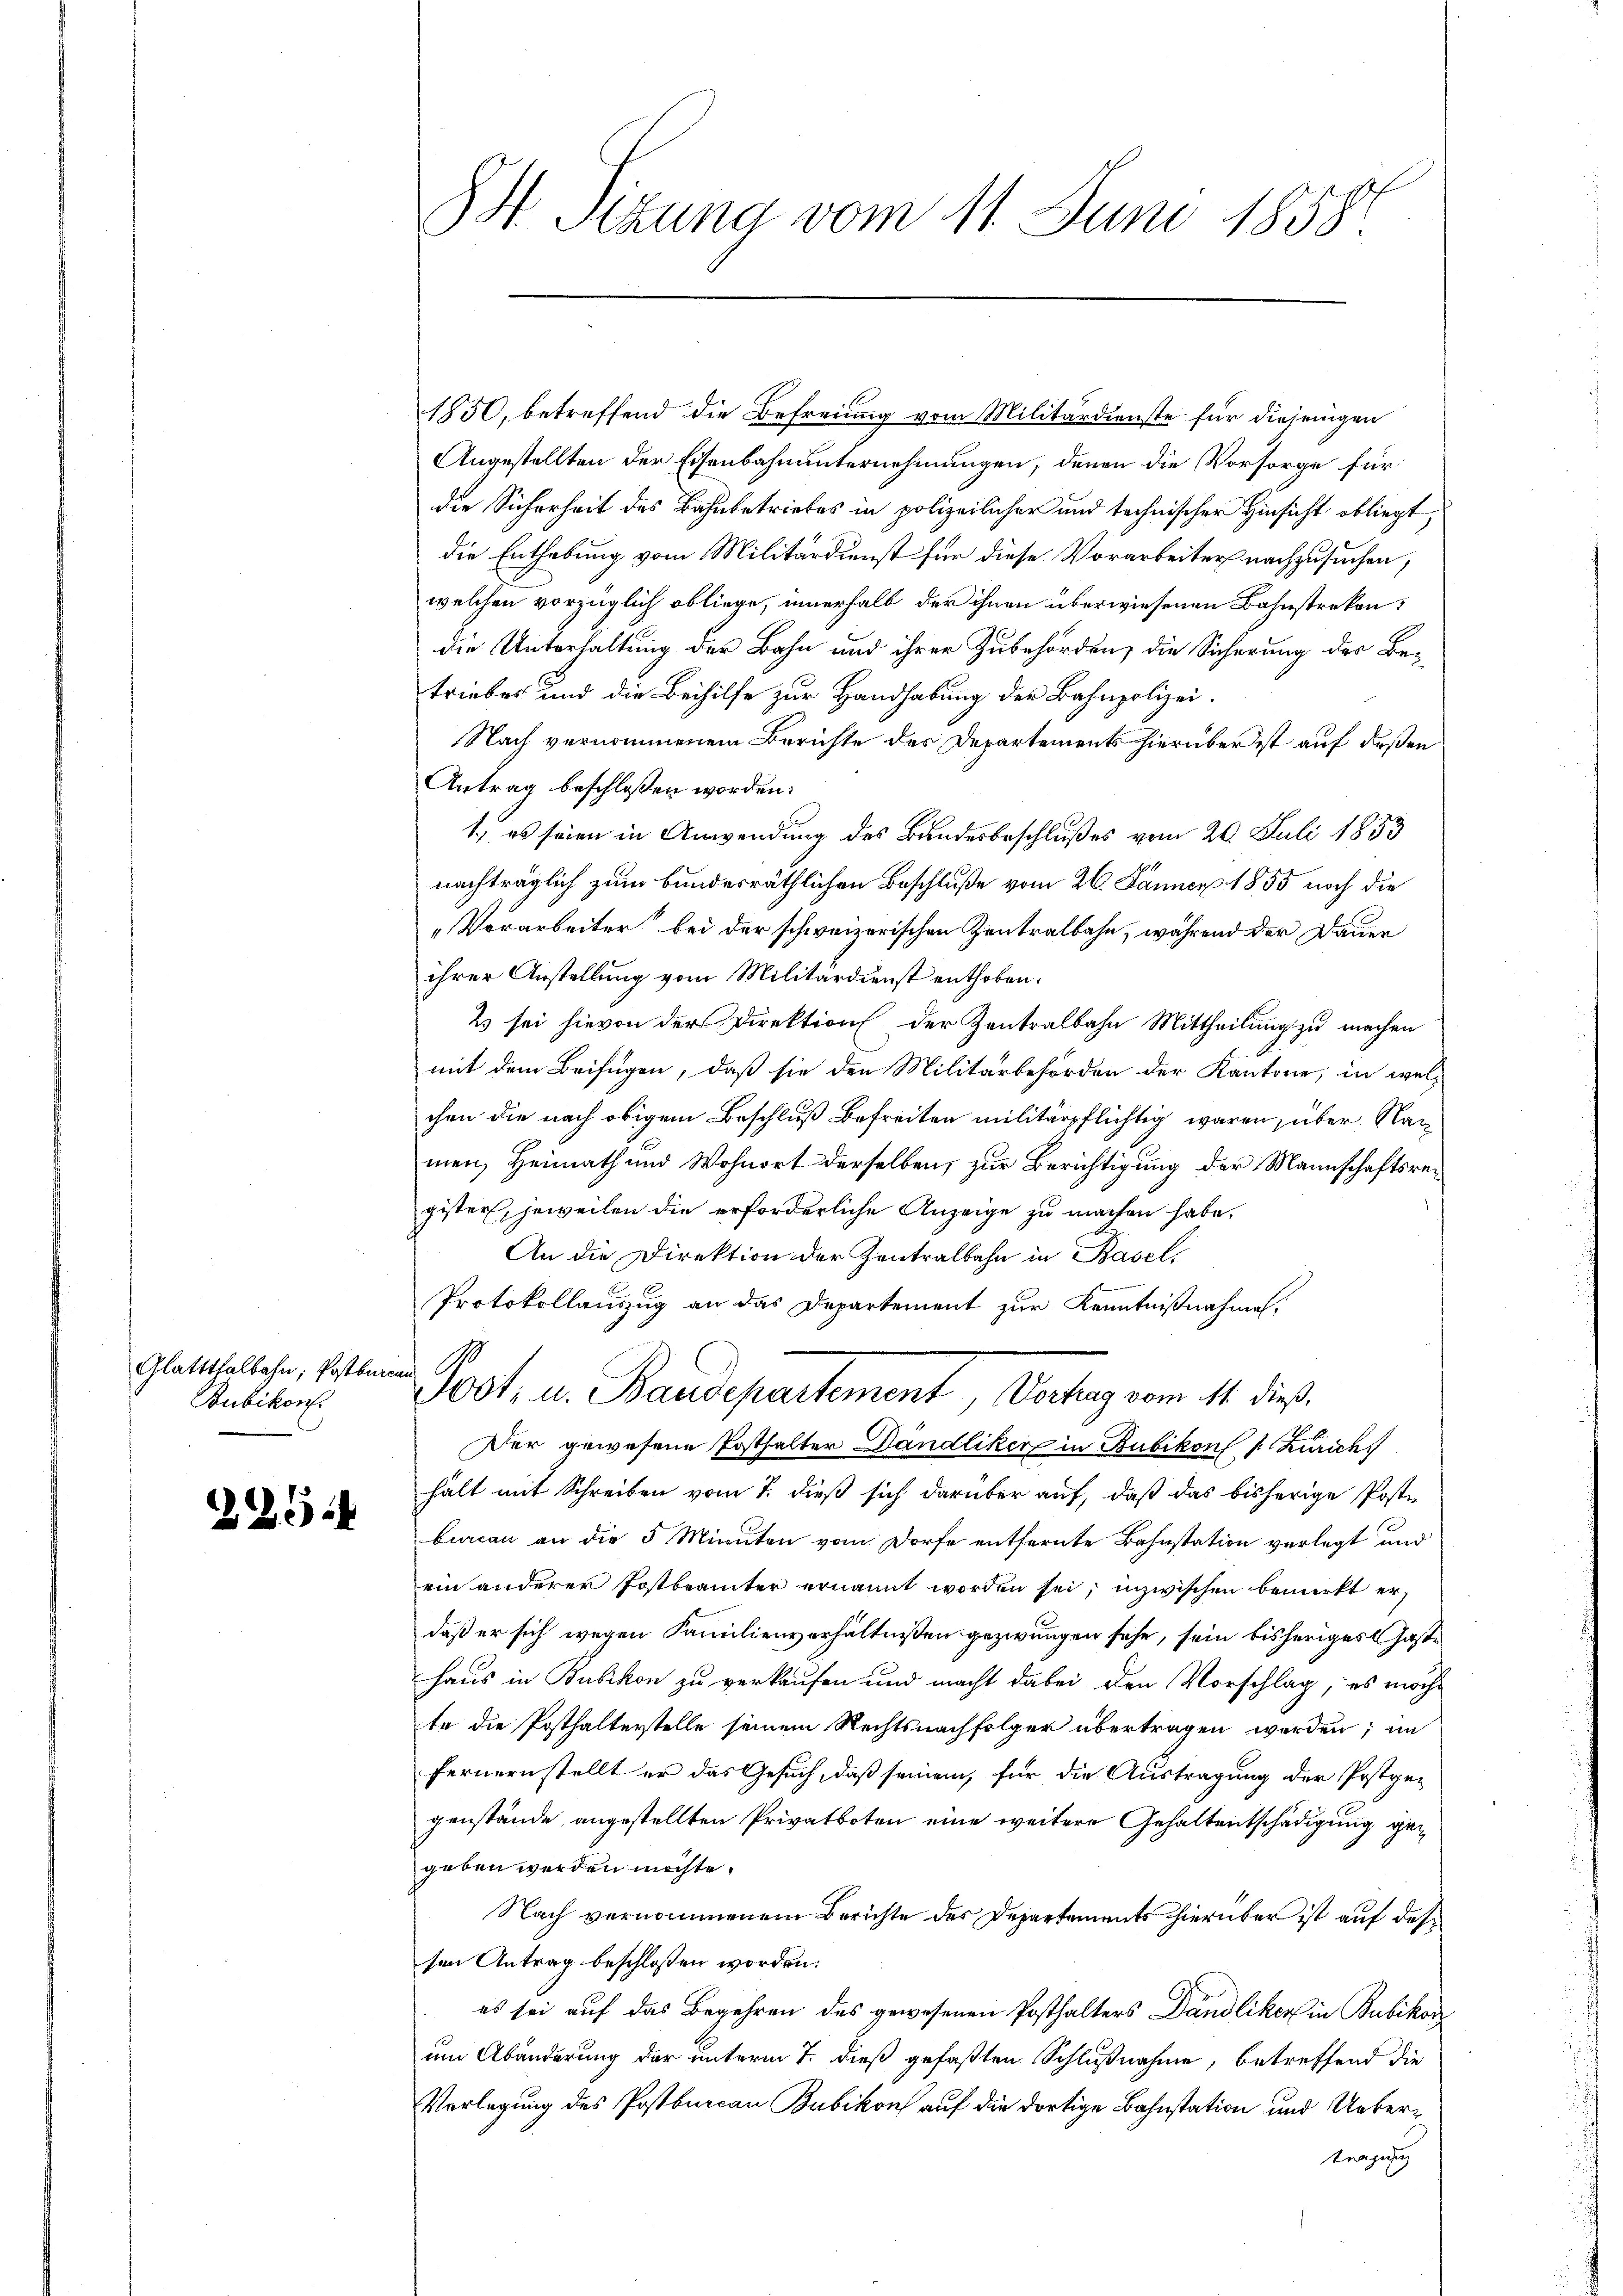
Glattthalbahn; Postburg
Bubikon.

225

1850, betreffend die Befreiung vom Militärdienste für diejenigen
Angestellten der Eisenbahnunternehmungen, denen die Vorsorge für
die Sicherheit des Bahnbetriebes in polizeilicher und technischer Hinsicht obliegt,
die Enthebung vom Militärdienst für diese Vorarbeiter nachzusuchen,
welchen vorzüglich obliege, innerhalb der ihnen überwiesenen Bahnstreken
die Unterhaltung der Bahn und ihrer Zubehörden, die Sicherung der Be-
triebes und die Beihilfe zur Handhabung der Bahnpolizei.
Nach vernommenem Berichte des Departements hierüber ist auf deßen
Antrag beschlossen worden.
1., es seien in Anwendung des Bundesbeschlußes vom 20. Juli 1853
nachträglich zum bundesräthlichen Beschluße vom 26. Jänner 1855 noch die
„Vorarbeiter bei der schweizerischen Zentralbahn, während der Dauer
ihrer Anstellung vom Militärdienst enthoben.
2 sei hievon der Direktion der Zentralbahn Mittheilung zu machen
mit dem Beifügen, daß sie den Militärbehörden der Kantone; in welchen die nach obigem Beschluß befreiten militärpflichtig waren, über Nac
men, Heimath und Wohnort derselben, zur Berichtigung der Mannschaftsregister, jeweilen die erforderliche Anzeige zu machen habe.
An die Direktion der Zentralbahn in Basel,
Protokollauszug an das Departement zur Kenntnißnahmen,
eint G.
1004. u. Baudepartement, Vorhang vom 11. dies
Der gewesene Posthalter Dändliker in Bubikon v. Zürich
hält mit Schreiben vom 7. dieß sich darüber auf, daß das bisherige Poste
burcan an die 5 Minuten vom Dorfe entfernte Bahnstation verlegt und
ein anderer Postbeamter ernannt worden sei, inzwischen bemerkt erdaß er sich wegen Familienverhältnissen gezwungen sehe, sein bisheriges Gaste
haus in Bubikon zu verkaufen und macht dabei den Vorschlag, es möcht
te die Posthalterstelle seinem Rechtsnachfolger übertragen werden; im
fernern stellt er das Gesuch, daß seinem, für die Austragung der Postge-
genstände angestellten Privatboten eine weitere Gehaltentschädigung gegeben werden möchte.
Nach vernommenem Berichte des Departements hierüber ist auf dessen Antrag beschlossen worden:
es sei auf das Begehren des gewesenen Posthalters Dändliker in Bubikon
um Abänderung der unterm 7. dieß gefaßten Schlußnahme, betreffend die
Vorlegung des Postburcan Bubikon auf die dortige Bahnstation und Uebertragung

St. Sizung vom 11. Juni 1858.